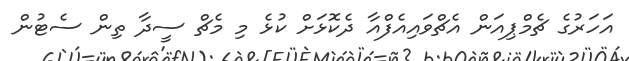
އަހަރުގެ ޗެމްޕިއަން އެޗްވައިއެފްއާ ދެކޮޅަށް ކުޅެ މި މެޗް ސީދާ ތިން ސެޓުން